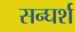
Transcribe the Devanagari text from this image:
सन्घर्श